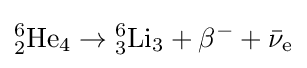
{}_{2}^{6}{\text{He}}_{4}\rightarrow {}_{3}^{6}{\text{Li}}_{3}+\beta ^{-}+{\bar {\nu }}_{\text{e}}